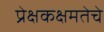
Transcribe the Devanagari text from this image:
प्रेक्षकक्षमतेचे